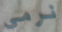
نرمي